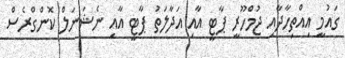
ގައުމީ އިއްތިހާދާއި ޖުމްހޫރީ ޕާޓީ އާއި އަދާލަތު ޕާޓީ އާއި ނެޝަނަލް ކޮންގްރެސް